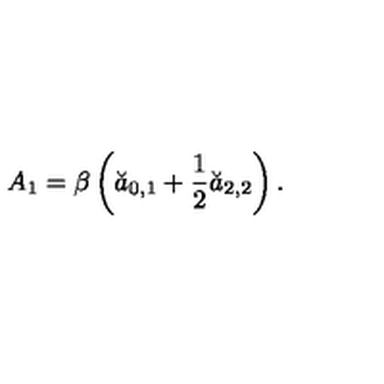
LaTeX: A _ { 1 } = \beta \left( \breve { a } _ { 0 , 1 } + \frac 1 2 \breve { a } _ { 2 , 2 } \right) .